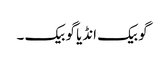
گو بیک انڈیا گو بیک ۔